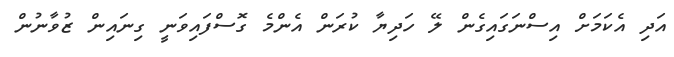
އަދި އެކަމަށް އިސްނަގައިގެން ލޭ ހަދިޔާ ކުރަން އެންމެ ގޮސްފައިވަނީ ގިނައިން ޒުވާނުން